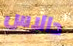
دالاس